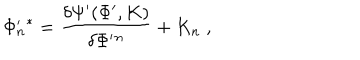
\Phi _ { n } ^ { \prime } { } ^ { * } = \frac { \delta \Psi ^ { \prime } ( \Phi ^ { \prime } , K ) } { \delta \Phi ^ { \prime } { } ^ { n } } + K _ { n } \; ,